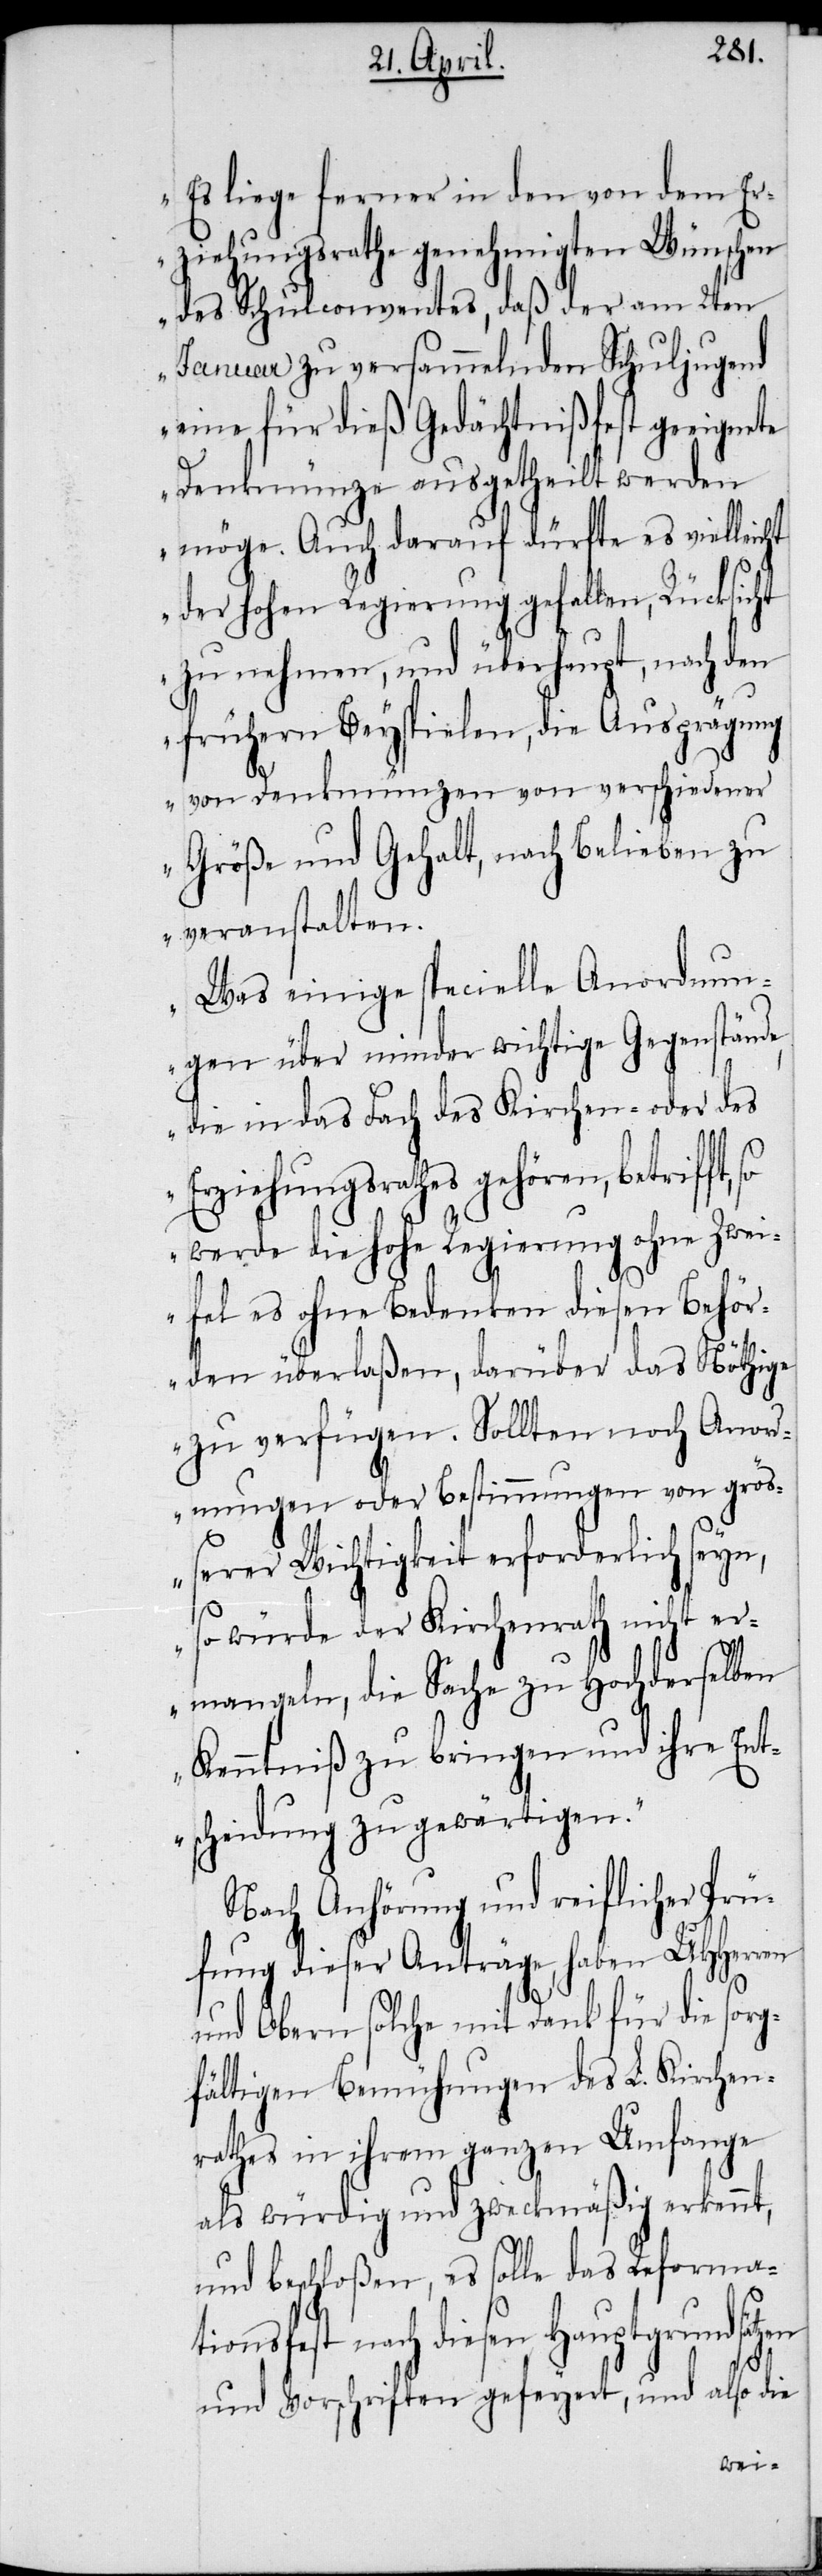
Es liege ferner in den von dem Er¬
ziehungsrathe genehmigten Wünschen
des Schulconventes, daß der am 2ten
Januar zu versammelnden Schuljugend
eine für dieß Gedächtnißfest geeignete
Denkmünze ausgetheilt werden
möge. Auch darauf dürfte es vielleicht
der hohen Regierung gefallen, Rücksicht
zu nehmen, und überhaupt, nach den
frühern Beyspielen, die Ausprägung
von Denkmünzen von verschiedener
Größe und Gehalt, nach Belieben zu
veranstalten.
Was einige specielle Anordnun¬
gen über minder wichtige Gegenstände,
die in das Fach des Kirchen- oder des
Erziehungsrathes gehören, betrifft,
werde die hohe Regierung ohne Zwei¬
fel es ohne Bedenken diesen Behör¬
den überlaßen, darüber das Nöthige
zu verfügen. Sollten noch Anord¬
nungen oder Bestimmungen von größ¬
erer Wichtigkeit erforderlich seyn,
so würde der Kirchenrath nicht er¬
mangeln, die Sache zu Hochderselben
Kenntniß zu bringen und ihre Ent¬
scheidung zu gewärtigen.“
Nach Anhörung und reiflicher Prü¬
fung dieser Anträge, haben UHHerren
und Obern solche mit Dank für die sorg¬
fältigen Bemühungen des L. Kirchen¬
rathes in ihrem ganzen Umfange
als würdig und zweckmäßig erkennt,
und beschloßen, es solle das Reforma¬
tionsfest nach diesen Hauptgrundsätzen
und Vorschriften gefeyert, und also die